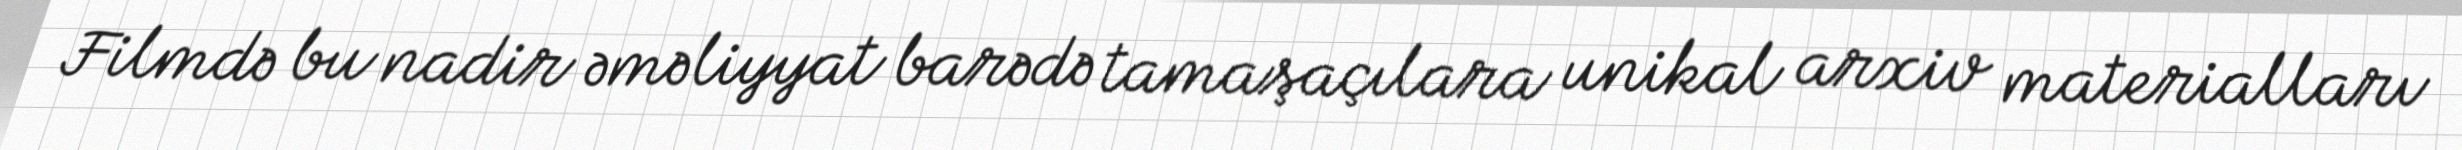
Filmdə bu nadir əməliyyat barədə tamaşaçılara unikal arxiv materialları